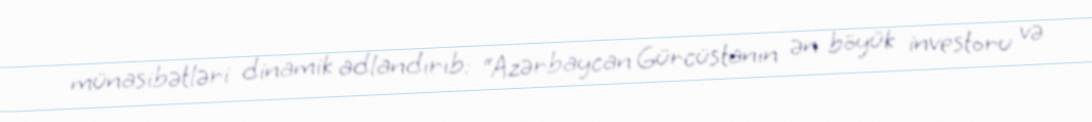
münasibətləri dinamik adlandırıb: “Azərbaycan Gürcüstanın ən böyük investoru və